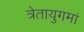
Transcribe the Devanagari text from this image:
त्रेतायुगमां